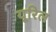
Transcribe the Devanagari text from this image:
यूरिल